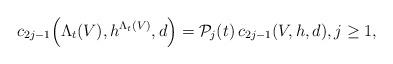
LaTeX: \begin{align*}c_{2j-1}\Big(\Lambda_t(V),h^{\Lambda_t(V)},d\Big)=\mathcal{P}_j(t)\,c_{2j-1}(V,h,d), j\geq 1,\end{align*}